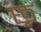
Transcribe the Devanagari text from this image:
छ्र